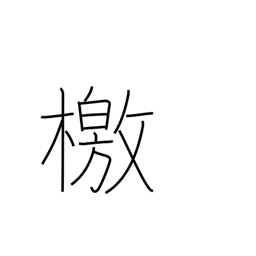
Meaning: manifesto